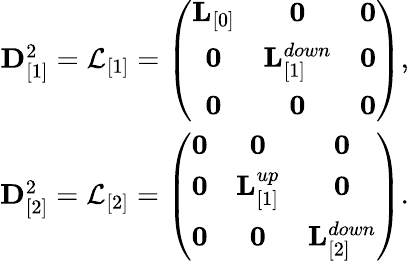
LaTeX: \begin{array}{r}{{\mathbf D}_{[1]}^{2}=\mathcal{L}_{[1]}=\left(\begin{array}{ccc}{{\mathbf L}_{[0]}}&{{\mathbf 0}}&{{\mathbf 0}}\\ {{\mathbf 0}}&{{\mathbf L}_{[1]}^{down}}&{{\mathbf 0}}\\ {{\mathbf 0}}&{{\mathbf 0}}&{{\mathbf 0}}\end{array}\right),}\\ {{\mathbf D}_{[2]}^{2}=\mathcal{L}_{[2]}=\left(\begin{array}{ccc}{{\mathbf 0}}&{{\mathbf 0}}&{{\mathbf 0}}\\ {{\mathbf 0}}&{{\mathbf L}_{[1]}^{up}}&{{\mathbf 0}}\\ {{\mathbf 0}}&{{\mathbf 0}}&{{\mathbf L}_{[2]}^{down}}\end{array}\right).}\end{array}